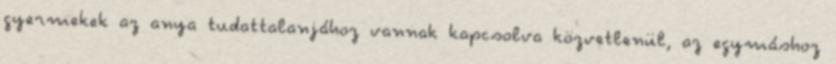
gyermekek az anya tudattalanjához vannak kapcsolva közvetlenül, az egymáshoz